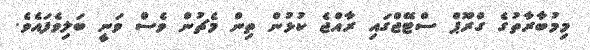
މިމުބާރާތުގެ ގްރޫޕް ސްޓޭޖްގައި ރާއްޖެ ކުޅުން ތިން މެޗުން ވެސް ވަނީ ބަލިވެފައެވެ.